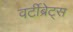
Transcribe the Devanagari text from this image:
वर्टीब्रेट्स